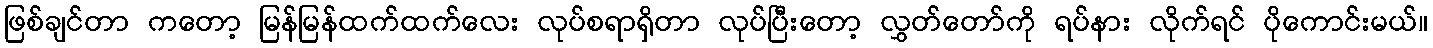
ဖြစ်ချင်တာ ကတော့ မြန်မြန်ထက်ထက်လေး လုပ်စရာရှိတာ လုပ်ပြီးတော့ လွှတ်တော်ကို ရပ်နား လိုက်ရင် ပိုကောင်းမယ်။